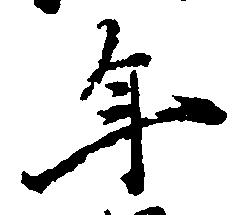
年